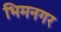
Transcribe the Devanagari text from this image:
भिमनगर